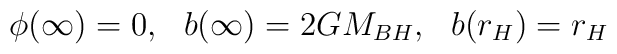
\phi(\infty) = 0, \,\,\,\, b(\infty) = 2GM_{BH}, \,\,\,\, b(r_{H}) = r_{H}